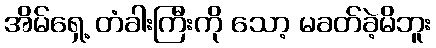
အိမ်ရှေ့ တံခါးကြီးကို သော့ မခတ်ခဲ့မိဘူး